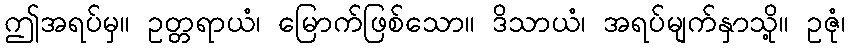
ဤအရပ်မှ။ ဥတ္တရာယံ၊ မြောက်ဖြစ်သော။ ဒိသာယံ၊ အရပ်မျက်နှာသို့။ ဥဇုံ၊